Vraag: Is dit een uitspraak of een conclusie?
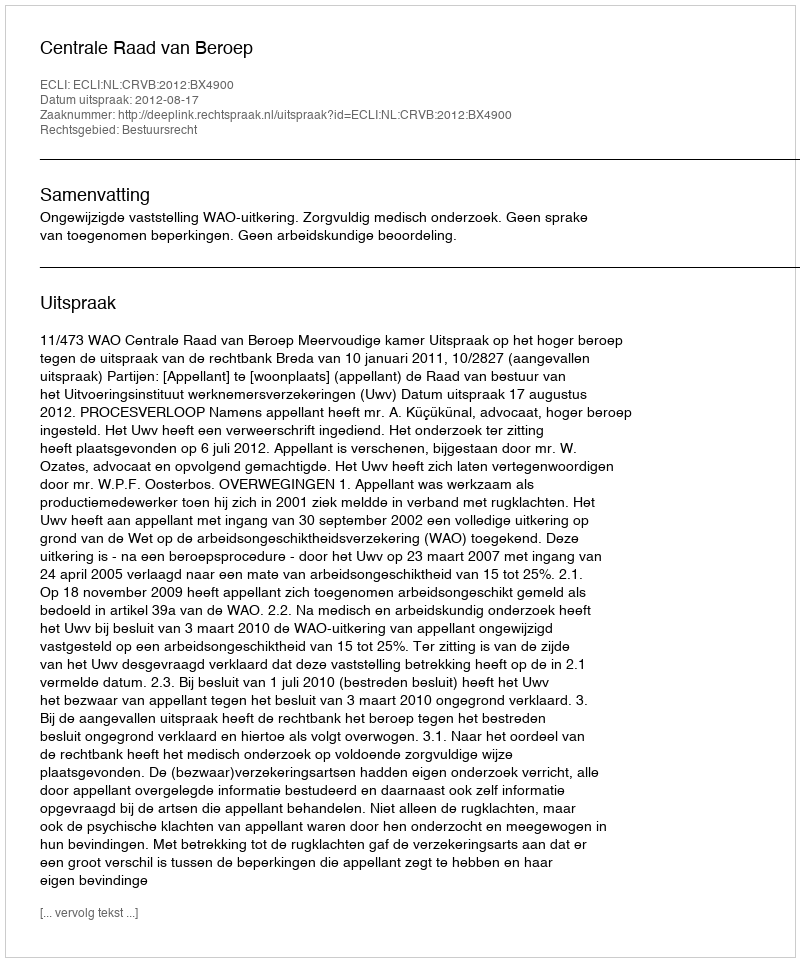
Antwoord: Uitspraak